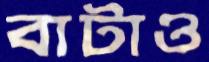
বাটাও